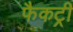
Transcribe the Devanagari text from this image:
फैकट्री